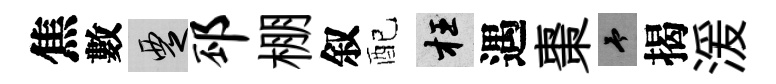
焦數覂邳棚叙配枉遇棗予揭湲